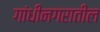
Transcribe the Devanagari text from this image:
गांधीनगरातील